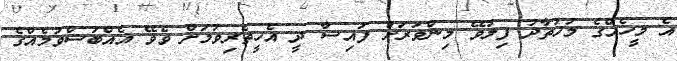
އެ މީހެއްގެ މުހުތާދު ފިލުވޭ މިންވަރަށް ފައިސާ ދީ އެހީތެރިވުމަށް ވެވޭ އެއްބަސްވުމެއްގެ